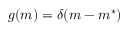
g ( m ) = \delta ( m - m ^ { * } )